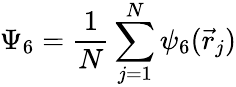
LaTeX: \Psi_{6}=\frac{1}{N}\sum_{j=1}^{N}\psi_{6}(\vec{r}_{j})